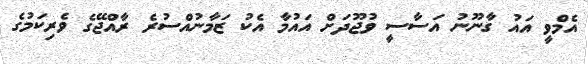
އެމްވީ އައު ގާނޫނު އަސާސީ ވުޖޫދަށް އައުމާ އެކު ޒަމާނުއްސުރެ ރާއްޖޭގެ ވެރިކަމުގެ